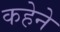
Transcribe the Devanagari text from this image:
कहेने